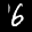
Label: 6